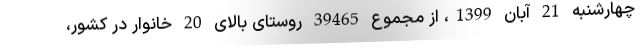
چهارشنبه 21 آبان 1399، از مجموع 39465 روستای بالای 20 خانوار در کشور،